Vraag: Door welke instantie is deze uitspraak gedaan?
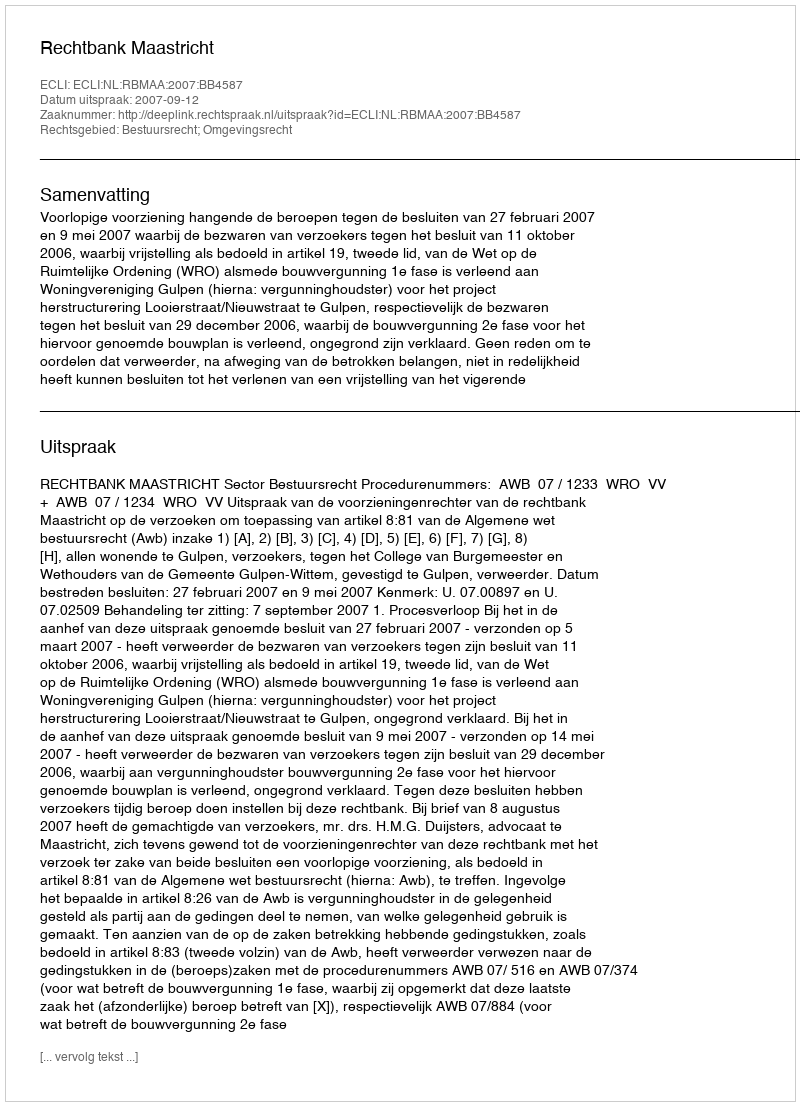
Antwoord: Rechtbank Maastricht